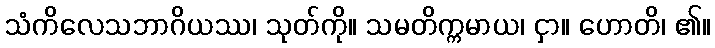
သံကိလေသဘာဂိယဿ၊ သုတ်ကို။ သမတိက္ကမာယ၊ ငှာ။ ဟောတိ၊ ၏။